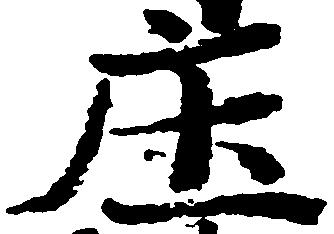
庄